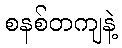
စနစ်တကျနဲ့